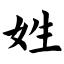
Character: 姓